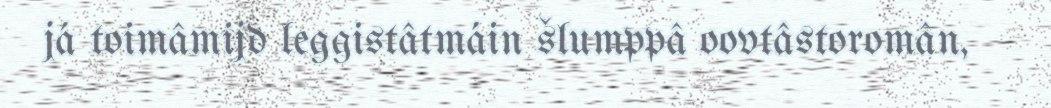
já toimâmijd leggistâtmáin šlumppâ oovtâstoromân,